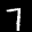
Label: 7